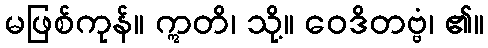
မဖြစ်ကုန်။ ဣတိ၊ သို့။ ဝေဒိတဗ္ဗံ၊ ၏။